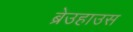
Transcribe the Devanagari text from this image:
ब्रेउहाउस